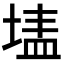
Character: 𭎷